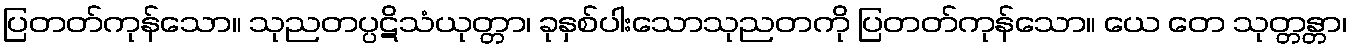
ပြတတ်ကုန်သော။ သုညတပ္ပဋိသံယုတ္တာ၊ ခုနှစ်ပါးသောသုညတကို ပြတတ်ကုန်သော။ ယေ တေ သုတ္တန္တာ၊